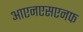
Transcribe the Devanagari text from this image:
आएनएसएनफ